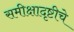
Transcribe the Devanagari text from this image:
समीक्षादृष्टीचे